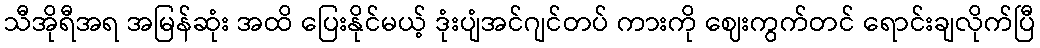
သီအိုရီအရ အမြန်ဆုံး အထိ ပြေးနိုင်မယ့် ဒုံးပျံအင်ဂျင်တပ် ကားကို ဈေးကွက်တင် ရောင်းချလိုက်ပြီ